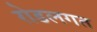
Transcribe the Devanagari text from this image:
रोडलगत